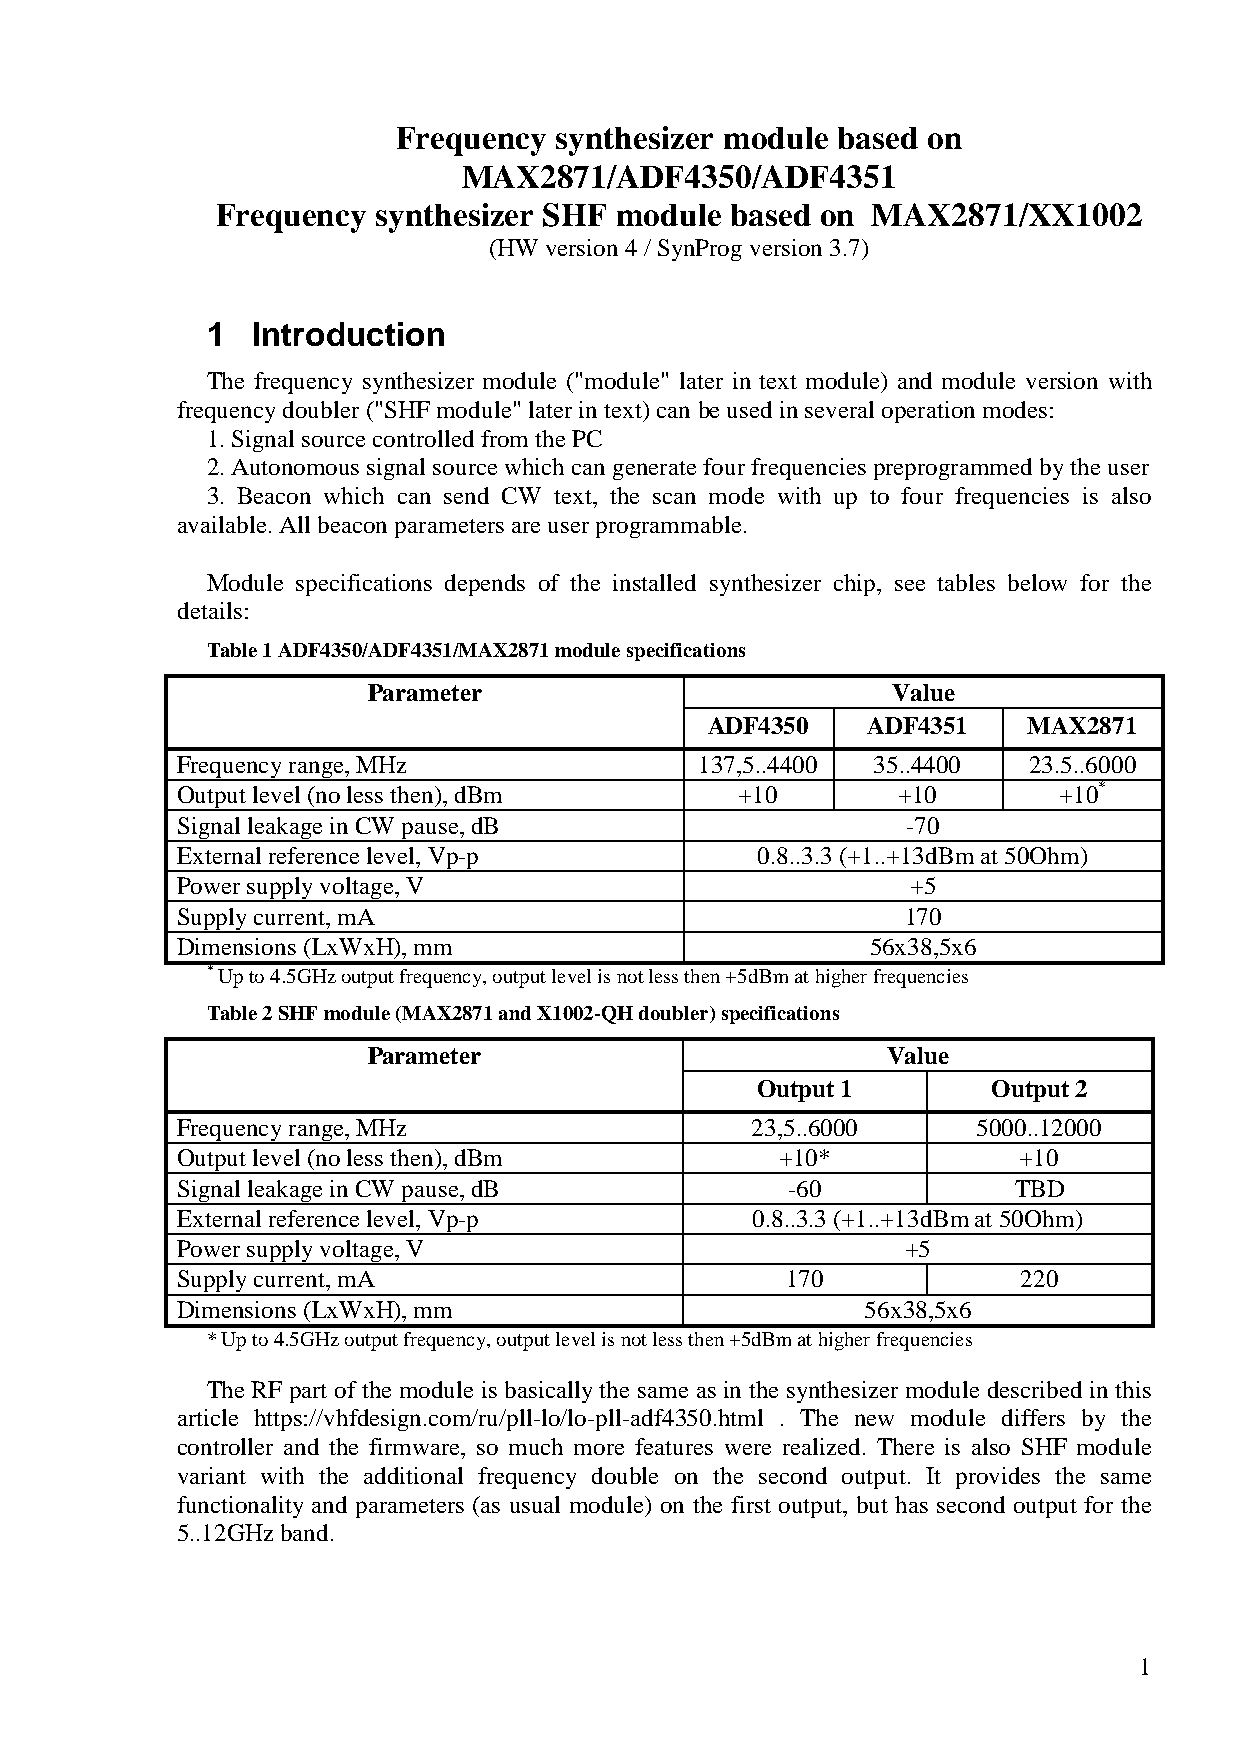
Frequency  synthesizer module based on
 MAX2871/ADF4350/ADF4351
 Frequency  synthesizer SHF module based on  MAX2871/XX1002
 (HW version 4 / SynProg version 3.7)
 1  Introduction
 The frequency synthesizer module ("module" later in text module) and module version with
 frequency doubler ("SHF module" later in text) can be used in several operation modes:
 1. Signal source controlled from the PC
 2. Autonomous signal source which can generate four frequencies preprogrammed by the user
 3. Beacon which can send CW text, the scan mode with up to four frequencies is also
 available. All beacon parameters are user programmable.
 Module specifications depends of the installed synthesizer chip, see tables below for the
 details:
 Table 1 ADF4350/ADF4351/MAX2871 module specifications
 Parameter                          Value
 ADF4350   ADF4351    MAX2871
 Frequency range, MHz              137,5..4400 35..4400  23.5..6000
 Output level (no less then), dBm     +10       +10        +10*
 Signal leakage in CW pause, dB                  -70
 External reference level, Vp-p        0.8..3.3 (+1..+13dBm at 50Ohm)
 Power supply voltage, V                         +5
 Supply current, mA                              170
 Dimensions (LхWхH), mm                        56x38,5x6
 * Up to 4.5GHz output frequency, output level is not less then +5dBm at higher frequencies
 Table 2 SHF module (MAX2871 and X1002-QH doubler) specifications
 Parameter                          Value
 Output 1        Output 2
 Frequency range, MHz                  23,5..6000     5000..12000
 Output level (no less then), dBm        +10*            +10
 Signal leakage in CW pause, dB          -60            TBD
 External reference level, Vp-p        0.8..3.3 (+1..+13dBm at 50Ohm)
 Power supply voltage, V                         +5
 Supply current, mA                      170             220
 Dimensions (LхWхH), mm                       56х38,5х6
 * Up to 4.5GHz output frequency, output level is not less then +5dBm at higher frequencies
 The RF part of the module is basically the same as in the synthesizer module described in this
 article https://vhfdesign.com/ru/pll-lo/lo-pll-adf4350.html . The new module differs by the
 controller and the firmware, so much more features were realized. There is also SHF module
 variant with the additional frequency double on the second output. It provides the same
 functionality and parameters (as usual module) on the first output, but has second output for the
 5..12GHz band.
 1